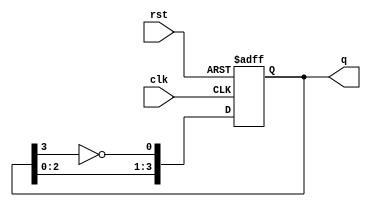
module johnson_counter #(
    parameter N = 4  // Configurable number of flip-flops (should be even)
)(
    input wire clk,   // Clock input
    input wire rst,   // Reset input
    output reg [N-1:0] q  // Output representing the current state of the counter
);

    // Internal signal for the feedback
    wire feedback;

    // Assign feedback as the inverted value of the last flip-flop
    assign feedback = ~q[N-1];

    // Sequential logic for the Johnson counter
    always @(posedge clk or posedge rst) begin
        if (rst) begin
            // Reset the counter to all zeros
            q <= {N{1'b0}};
        end else begin
            // Shift the state and feed back the inverted last flip-flop
            q <= {q[N-2:0], feedback};
        end
    end

endmodule